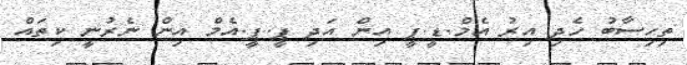
ތިހިސާބު ހެދި އިރު އެމް.ޑީ.ޕީ އިން އަދި ޕީ..ޕީ.އެމް އިން ނެރުނީ ކިތައް